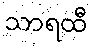
သာရထီ